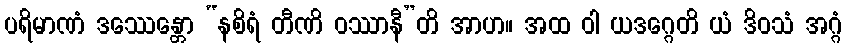
ပရိမာဏံ ဒဿေန္တော “နစိရံ တီဏိ ဝဿာနီ”တိ အာဟ။ အထ ဝါ ယဒဂ္ဂေတိ ယံ ဒိဝသံ အဂ္ဂံ